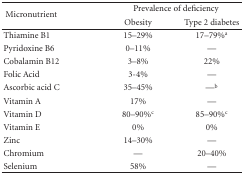
<table><thead><tr><td rowspan="2"><b> Micronutrient</b></td><td colspan="2"><b>Prevalence of deficiency</b></td></tr><tr><td><b>Obesity</b></td><td><b>Type 2 diabetes</b></td></tr></thead><tbody><tr><td>Thiamine B1</td><td>15–29%</td><td>17–79%<sup>a</sup></td></tr><tr><td>Pyridoxine B6</td><td>0–11%</td><td>—</td></tr><tr><td>Cobalamin B12</td><td>3–8%</td><td>22%</td></tr><tr><td>Folic Acid</td><td>3-4%</td><td>—</td></tr><tr><td>Ascorbic acid C</td><td>35–45%</td><td> —<sup>b</sup></td></tr><tr><td>Vitamin A</td><td>17%</td><td>—</td></tr><tr><td>Vitamin D</td><td>80–90%<sup>c</sup></td><td>85–90%<sup>c</sup></td></tr><tr><td>Vitamin E</td><td>0%</td><td>0%</td></tr><tr><td>Zinc</td><td>14–30%</td><td>—</td></tr><tr><td>Chromium</td><td>—</td><td>20–40%</td></tr><tr><td>Selenium</td><td>58%</td><td>—</td></tr></tbody></table>